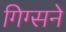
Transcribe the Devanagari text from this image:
गिग्सने